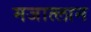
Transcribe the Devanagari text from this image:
मजात्लान